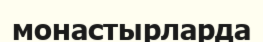
монастырларда